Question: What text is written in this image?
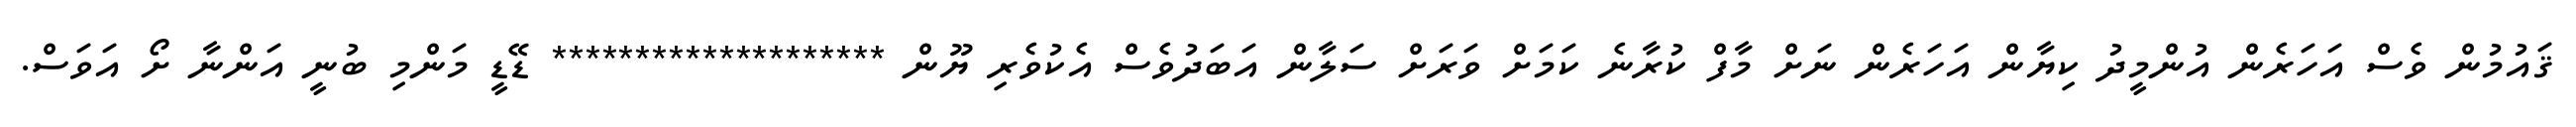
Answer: ޤައުމުން ވެސް އަހަރެން އުންމީދު ކިޔާން އަހަރެން ނަށް މާފް ކުރާނެ ކަމަށް ވަރަށް ސަލާން އަބަދުވެސް އެކުވެރި ޔޫން ******************** ޑޭޑީ މަންމި ބުނީ އަންނާ ށޯ އަވަސް.